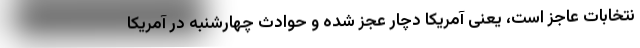
نتخابات عاجز است، یعنی آمریکا دچار عجز شده و حوادث چهارشنبه در آمریکا